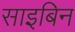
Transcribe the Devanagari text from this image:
साइबिन